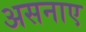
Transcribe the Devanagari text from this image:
असनाए